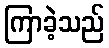
ကြာခဲ့သည်